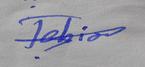
Signature authenticity: forged